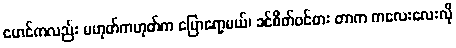
မောင်ကလည်း မဟုတ်ကဟုတ်က ပြောရော့မယ်၊ ခင်စိတ်ဝင်စား တာက ကလေးလေးလို